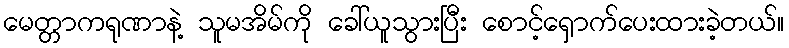
မေတ္တာကရုဏာနဲ့ သူမအိမ်ကို ခေါ်ယူသွားပြီး စောင့်ရှောက်ပေးထားခဲ့တယ်။